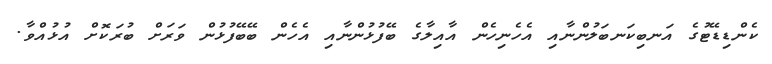
ކެންޑިޑޭޓުގެ އަނބިކަނބަލުންނާއި އެހެނިހެން އާއިލާގެ ބޭފުޅުންނާއި އެހެން ބޭބޭފުޅުން ވަރަށް ބުރަކޮށް އުޅުއްވާ.